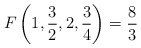
\begin{align*}F\left(1, {{3} \over {2}}, 2, {{3} \over {4}}\right) = {{8} \over {3}}\end{align*}